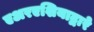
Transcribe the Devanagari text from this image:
एअरएशियाद्वारे